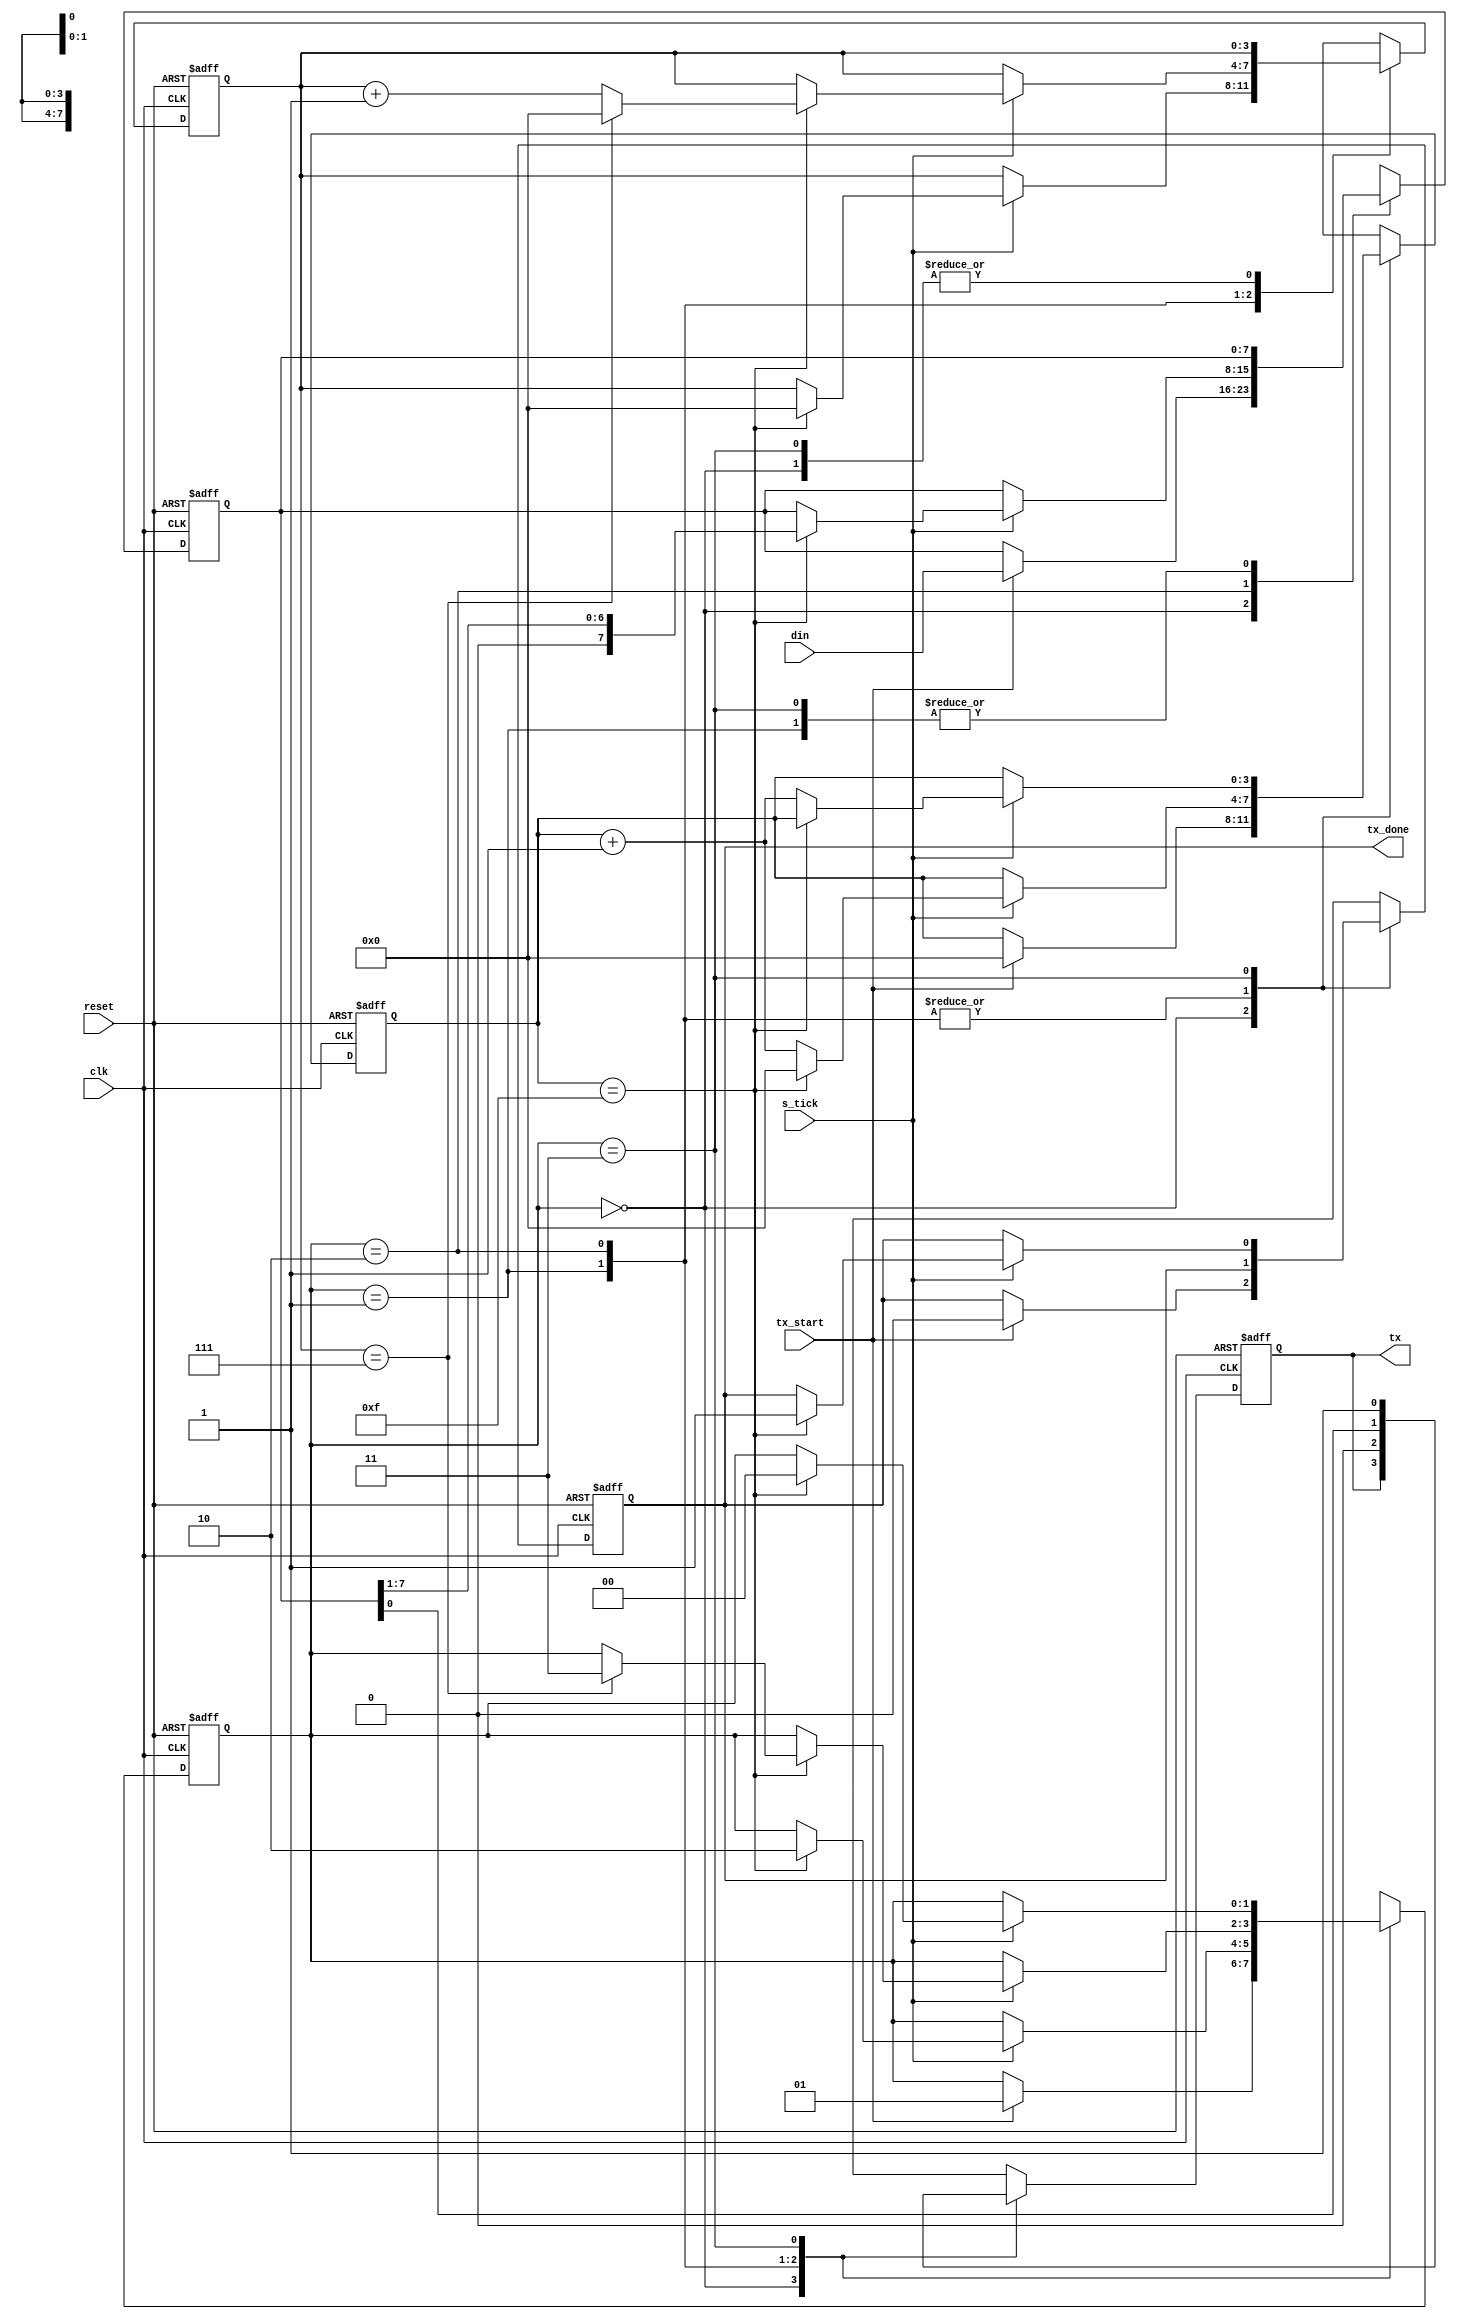
`timescale 1ns / 1ps
//////////////////////////////////////////////////////////////////////////////////

// Module Name: uart_tx

//////////////////////////////////////////////////////////////////////////////////


module uart_tx #(parameter DATA_WIDTH = 8, SB_TICK = 16)(
    input wire clk,reset,s_tick,tx_start,
    input wire [DATA_WIDTH-1:0]din,
    output reg tx,
    output reg tx_done
    );
    
    localparam [1:0]
        idle = 2'b00,
        start = 2'b01,
        data = 2'b10,
        stop = 2'b11;
        
    reg [1:0]state,state_next;
    reg [DATA_WIDTH-1:0]data_reg,data_next;
    reg tx_next,tx_done_next;
    reg [3:0]s,s_next;
    reg [3:0]n,n_next;   //the max number of bits is 16
    
    always@(posedge clk,posedge reset)
    if(reset)begin
        state <= 0;
        tx <= 0;
        s <= 0;
        n <= 0;
        tx_done <= 0;
        data_reg <= 0;
    end
    else begin
        state <= state_next;
        tx <= tx_next;
        s <= s_next;
        n <= n_next;
        tx_done <= tx_done_next;
        data_reg <= data_next;
    end
        
    always@(state or s_tick or tx_start)begin
        state_next = state;
        tx_next = tx;
        s_next = s;
        n_next = n;
        tx_done_next = tx_done;
        data_next = data_reg;
        case(state)
            idle:begin
                if(tx_start)begin
                    data_next= din;
                    s_next = 0;
                    state_next = start;  
                    tx_done_next = 0;                  
                end
            end
            
            start:begin
                tx_next = 0;
                if(s_tick)
                    if(s == 4'd15)begin
                        state_next = data;
                        s_next = 0;
                        n_next = 0;
                    end
                    else
                        s_next = s + 1'b1;
            end
            
            data:begin
                tx_next = data_reg[0];
                if(s_tick)
                    if(s == 4'd15)begin
                        data_next = data_reg >>1;
                        s_next = 0;
                        if(n == DATA_WIDTH-1)begin
                            state_next = stop;
                            n_next = 0;
                        end
                        else
                            n_next = n + 1'b1;                      
                    end
                    else
                        s_next = s + 1'b1;
            end
            
            stop:begin
                tx_next = 1'b1; 
                if(s_tick)
                    if(s == SB_TICK-1)begin                        
                        tx_done_next = 1'b1;
                        state_next = idle;
                    end
                    else
                        s_next = s + 1'b1;
            end
            
        endcase
    end
        
    
endmodule